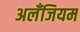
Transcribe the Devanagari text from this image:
अलँजियम